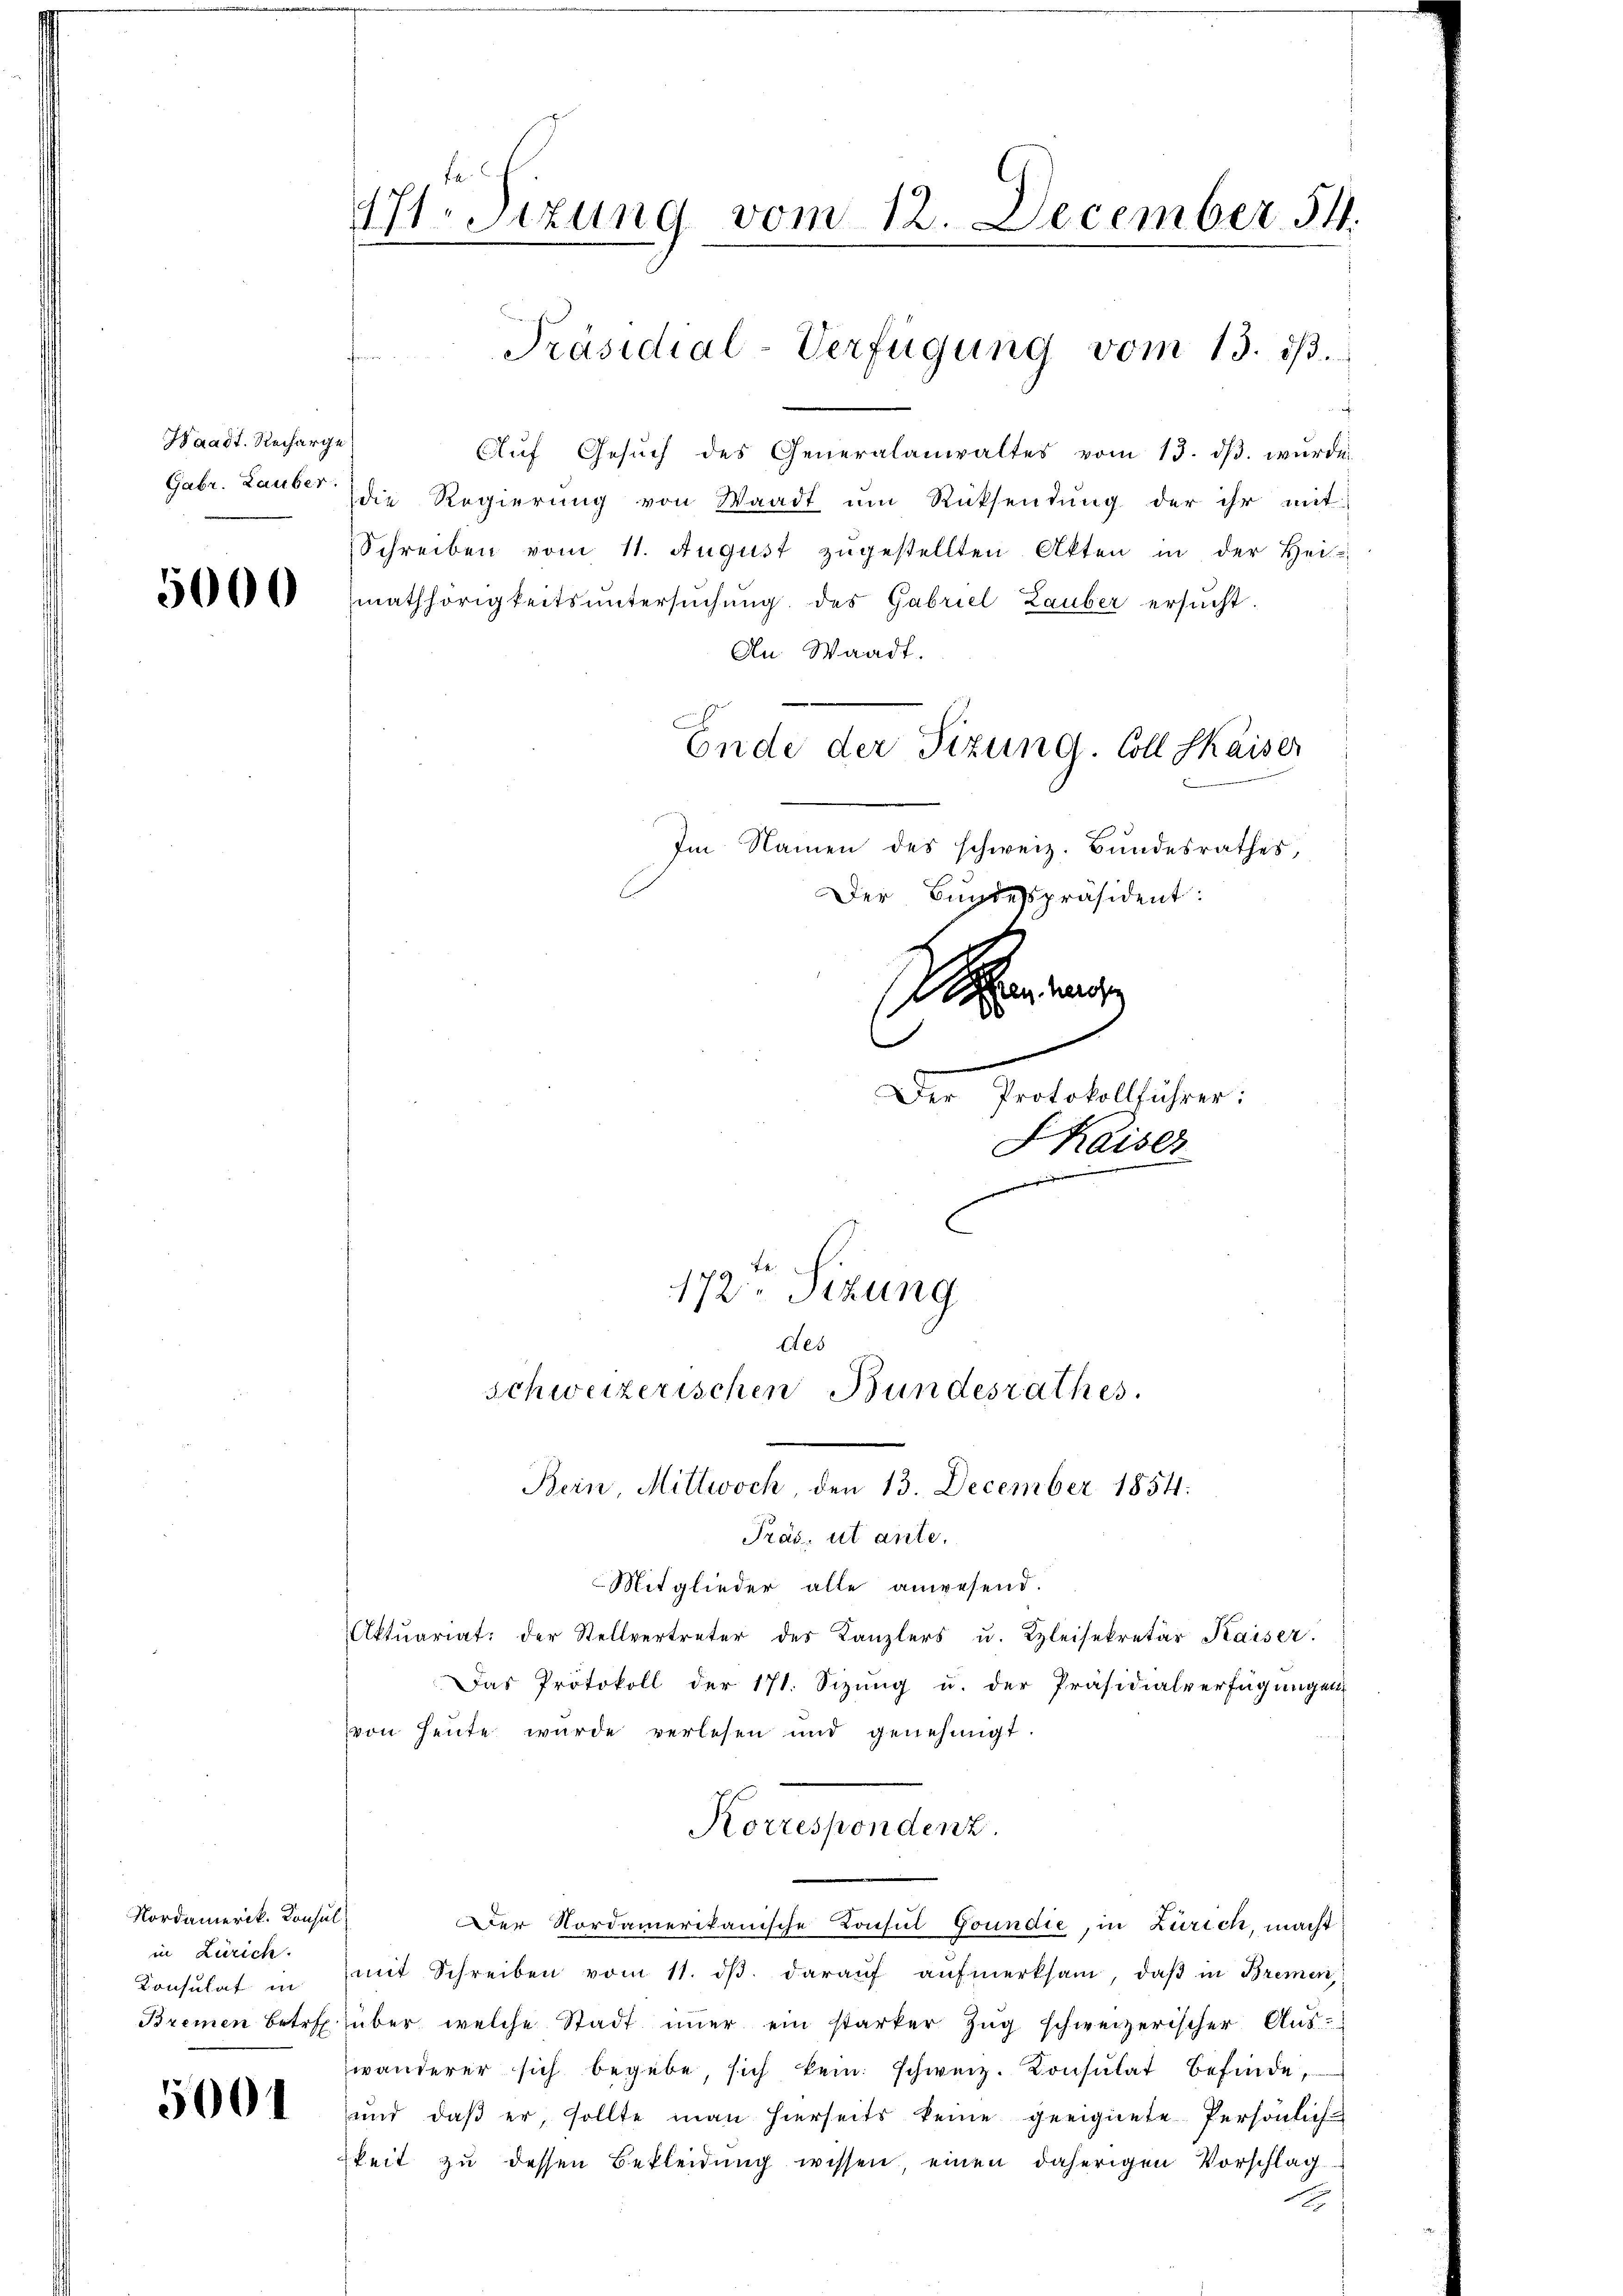
Waadt. Recharge
Gabr. Lauber

5000

Nordamerik. Konsul
in Zürich.

5001

171. Sizung vom 12. December 54.

.
Aŭf Gesŭch des Generalanwaltes vom 13. dβ. wŭrde
die Regierung von Waadt um Rücksendung der ihr mit
Schreiben vom 11. August zŭgestellten Akten in der Hei-
mathörigkeitsuntersuchung des Gabriel Lauber ersucht.
An Waadt.
Im Namen des schweiz. Bundesrathes,
Der Bundespräsident:
S

Der Protokollführer:
SKaiser
s
172ten Sizung

Pras, ut ante.
Mitglieder alle anwesend.
Aktuariat der Stellvertreter des Kanzlers u. Kleisekretär Kaiser.
Das Protokoll der 171. Sizung u. der Präsidialverfügungen
von Heute wurde verlesen und genehmigt.
Korrespondenz.
Der Nordamerikanische Konsul Goundie, in Zürich, macht
Konsulat in mit Schreiben vom 11. dβ. daraŭf aŭfmerksam, daβ in Bremen,
Bremen betref über welche Stadt immer ein starker Zŭg schweizerischer Aŭs-
wanderer sich begebe, sich kein schweiz. Konsulat befinde,
ŭnd daβ er, sollte man hierseits keine geeignete Persönlich-
keit zu dessen Bekleidung wissen, einen daherigen Vorschlag
b

Präsidial-Verfügung vom 13. dβ.

Ende der Tizung. Coll Kaiser

des
schweizerischen Bundesrathes.
Bern, Mittwoch, den 13. December 1854:

.